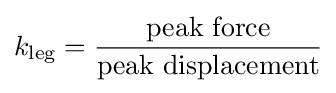
k_{\text{leg}}={\frac {\text{peak force}}{\text{peak displacement}}}